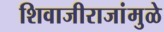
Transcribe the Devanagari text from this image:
शिवाजीराजांमुळे